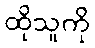
ထိုသူကို